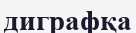
диграфқа